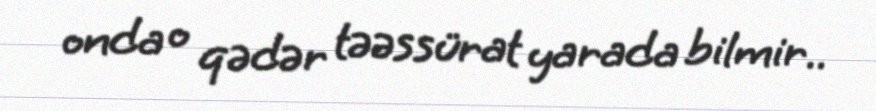
onda o qədər təəssürat yarada bilmir..